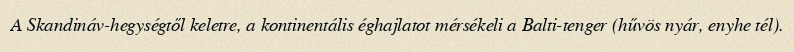
A Skandináv-hegységtől keletre, a kontinentális éghajlatot mérsékeli a Balti-tenger (hűvös nyár, enyhe tél).